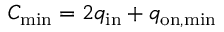
C _ { \mathrm { m i n } } = 2 q _ { \mathrm { i n } } + q _ { \mathrm { o n , m i n } }